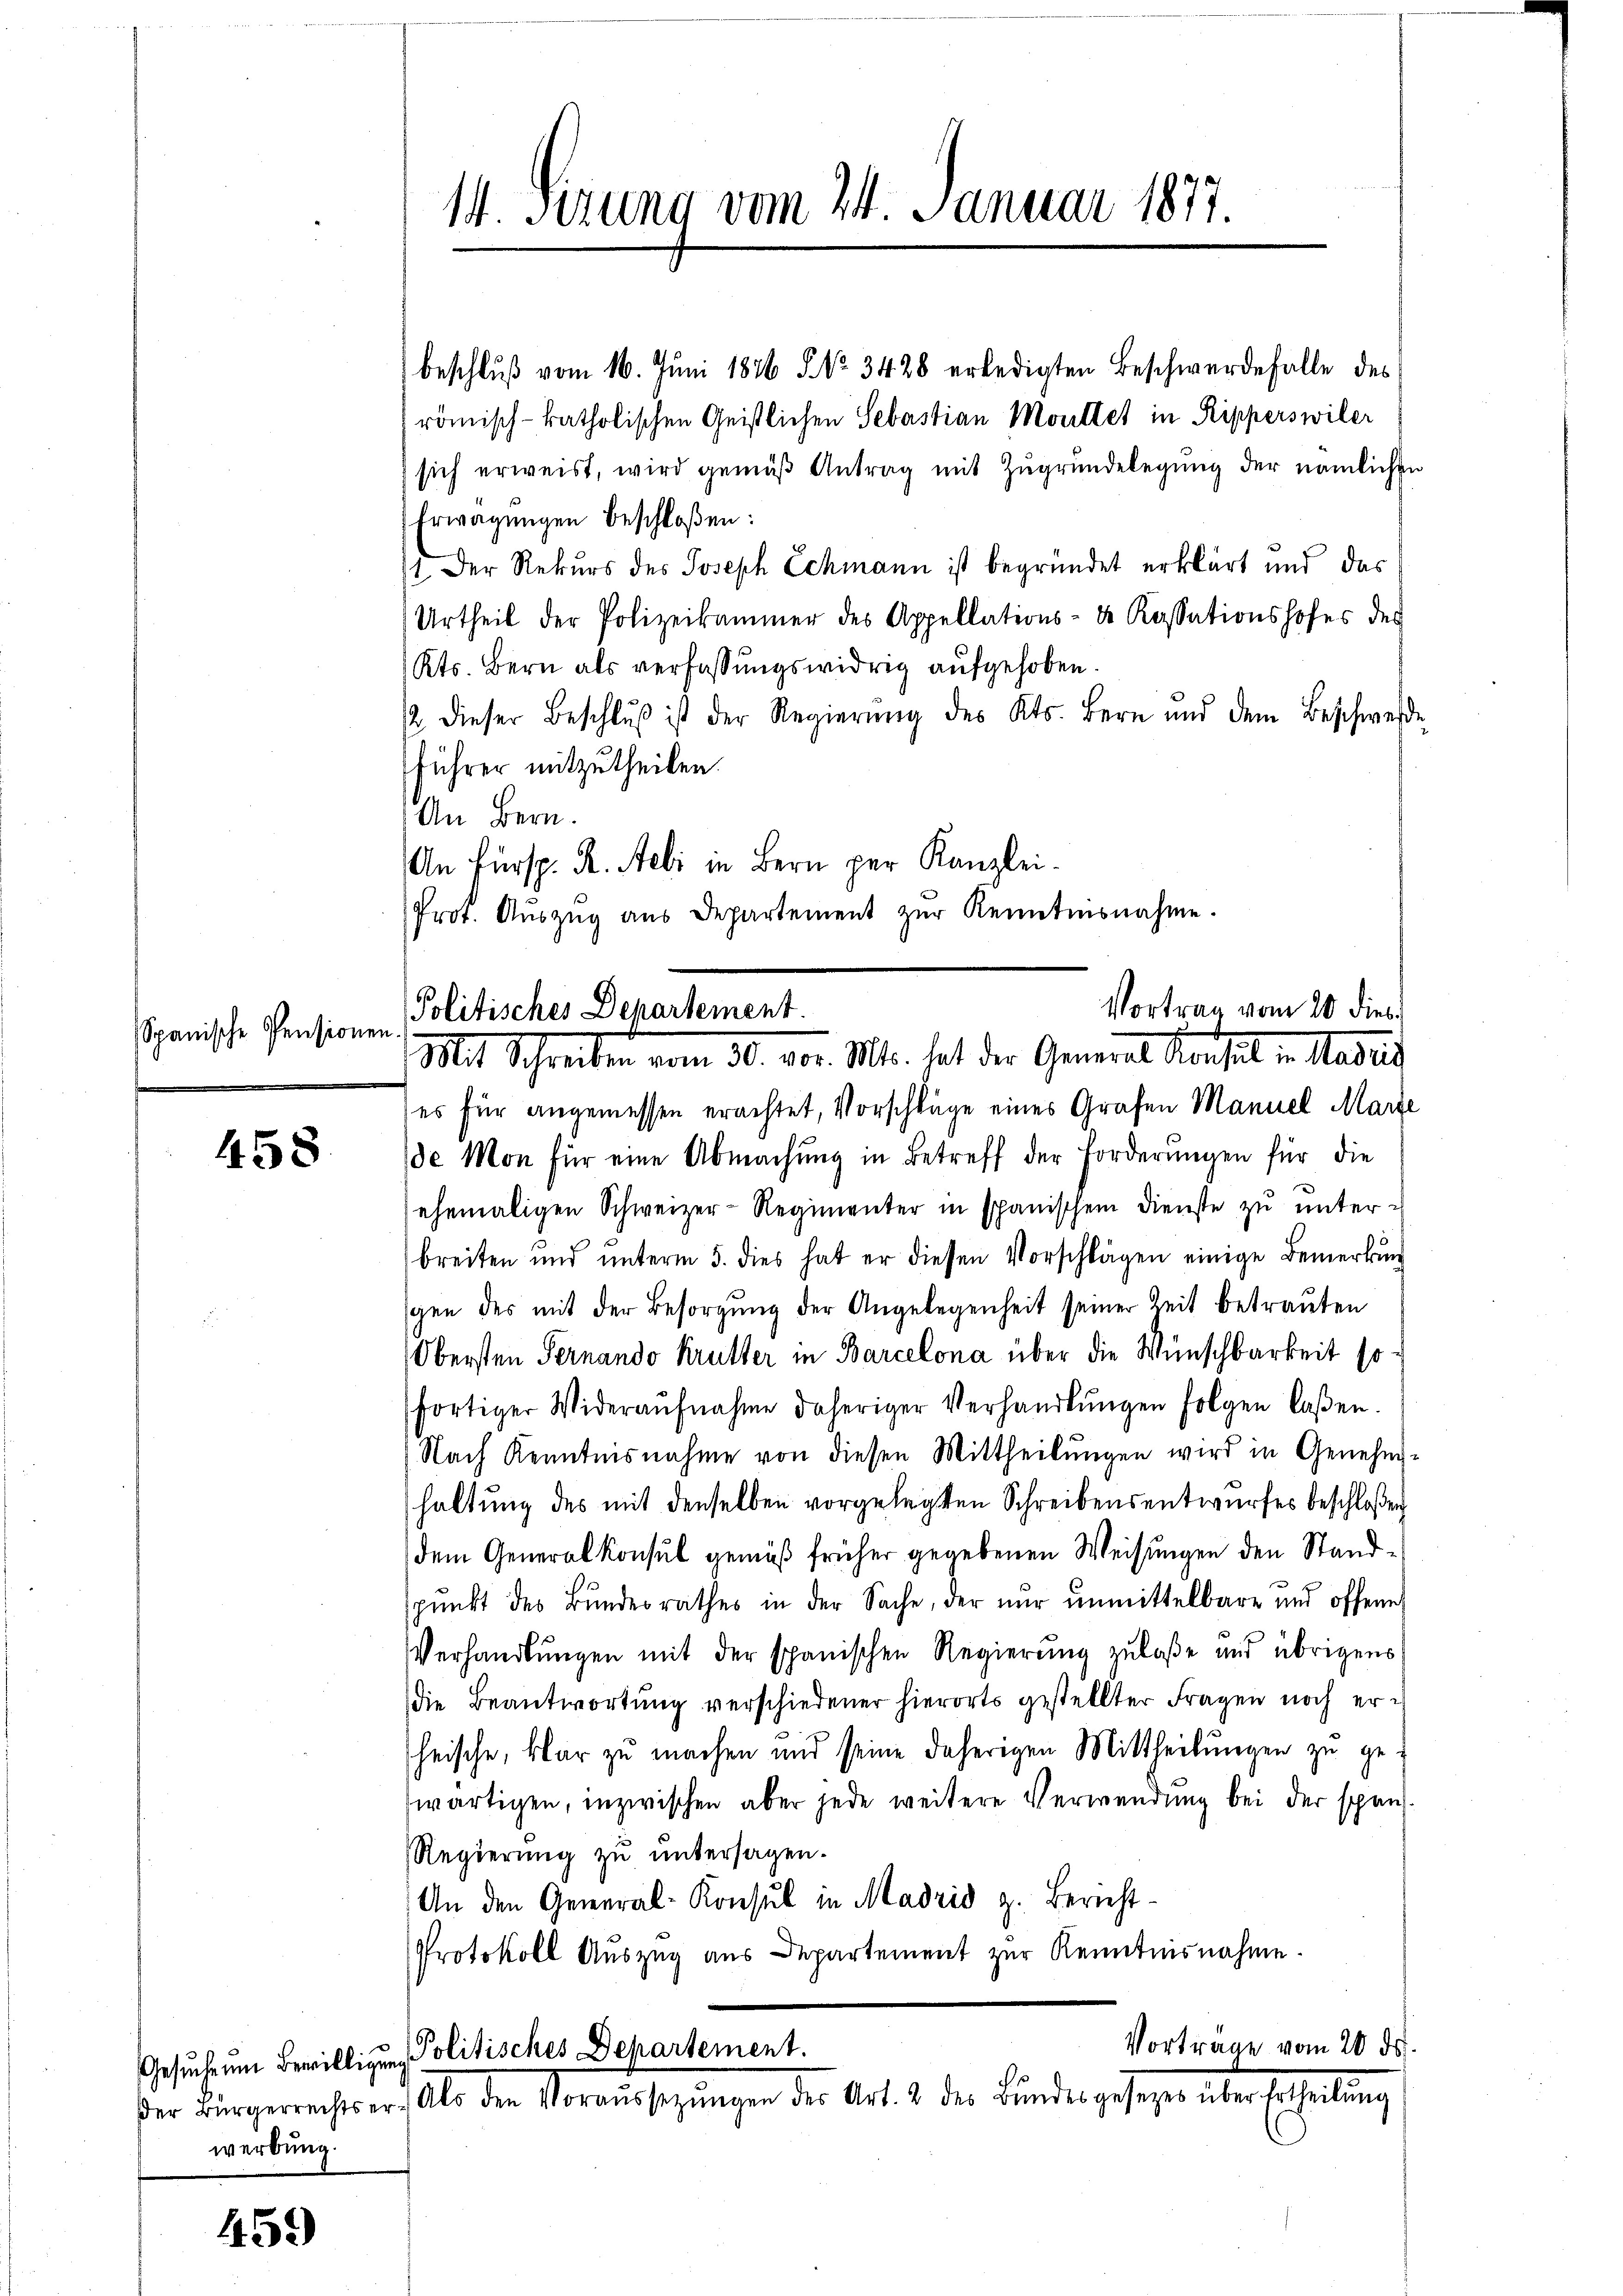
Spanische Pensionen.

458

Gesuche um Bewilligun
werbung.

459)

14. Sezung vom 24. Januar 1877.

beschluß vom 16. Juni 1876 § No. 3428 erledigten Beschwerde falle des
römisch-katholischen Geistlichen Sebastian Moultet in Ripperswiler
sich erweist, wird gemäβ Antrag mit Zŭgrŭndelegŭng der nämlichen
Erwägungen beschloßen:
11. Der Rekurs des Joseph Schmann ist begründet erklärt und das
Urtheil der Polizeikammer des Appellations- & Kassationshofes des
Kts. Bern als verfassungswidrig aufgehoben.
2 dieser Beschlŭβ ist der Regierŭng des Kts. Bern und dem Beschwerde
führer mitzutheilen.
An Bern.
An Fürsp. K. Aebi in Bern per Kanzlei.
Prot. Aŭszŭg aŭs Departement zŭr Kenntnisnahme.

es für angemessen erachtet, Vorschlüge eines Grafen Manuel Marze
de Mon für eine Abmachŭng in Betreff der Forderŭngen für die
ehemaligen Schweizer-Regimenter in spanischem Dienste zu unter-
breiten und unterm 5. dies hat er diesen Vorschlägen einige Bemerkung
sgen des mit der Besorgung der Angelegenheit seiner Zeit betrauten
Obersten Fernando Kruster in Barcelona über die Wünschbarkeit sofortiger Wideraŭfnahme daheriger Verhandlŭngen folgen laßen.
Nach Kenntnisnahme von diesen Mittheilungen wird in Genehm-
haltung des mit denselben vorgelegten Schreibensentwurfes beschloßen
dem Generalkonsul gemäß früher gegebenen Weisungen den Standspunkt des Bundesrathes in der Sache, der nur unmittelbare und offene
Verhandlungen mit der spanischen Regierung zulaße und übrigens
die Beantwortung verschiedener hierorts gestellter Fragen noch erheische, klar zu machen und seine daherigen Mittheilŭngen zu gewärtigen, inzwischen aber jede weitere Verwendung bei der späns¬
Regierung zu untersagen.
An den General-Konsul in Madrid z. Bericht¬
Protokoll Auszug aus Departement zur Kenntnisnahme.

Vortrag vom 20. dies
Politisches Departement.
Mit Schreiben vom 30. vor. M. hat der Gemeine Konsul in Maters

Vorträge vom 20. ds.
. Politisches Departement.
der Bürgerrechts er. Als den Voraussetzŭngen des Art. 2 des Bundes geseger über Ertheilung